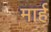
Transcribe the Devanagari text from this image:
मार्ह